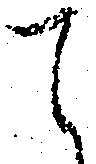
て